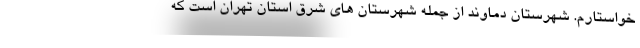
خواستارم. شهرستان دماوند از جمله شهرستان های شرق استان تهران است که